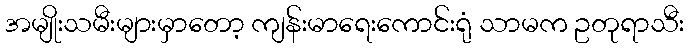
အမျိုးသမီးများမှာတော့ ကျန်းမာရေးကောင်းရုံ သာမက ဥတုရာသီး